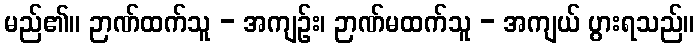
မည်၏။ ဉာဏ်ထက်သူ - အကျဉ်း၊ ဉာဏ်မထက်သူ - အကျယ် ပွားရသည်။